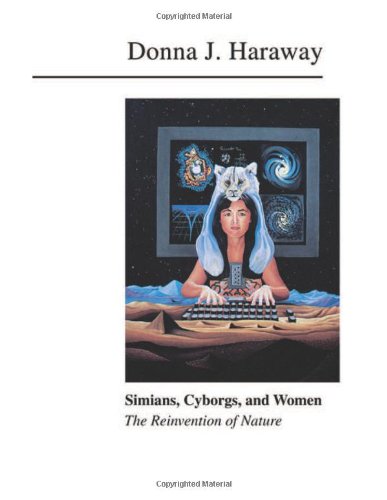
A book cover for Simians, Cyborgs, and Women: The Reinvention of Nature; Donna Haraway; Science & Math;